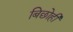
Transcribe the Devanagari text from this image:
बिछोही